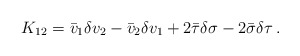
\begin{align*}K_{12} = \bar v_1 \delta v_2 - \bar v_2 \delta v_1 + 2\bar\tau\delta\sigma- 2\bar\sigma\delta\tau\, .\end{align*}